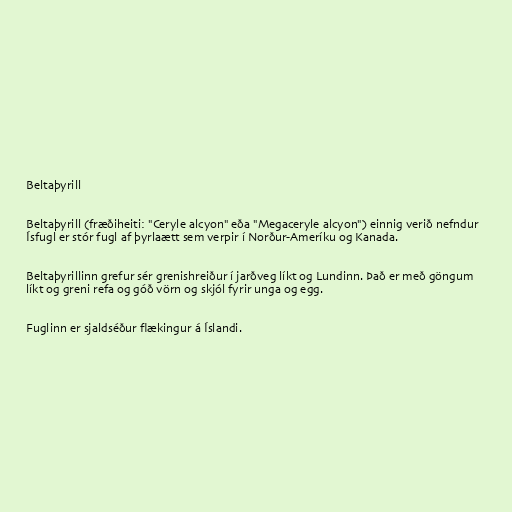
Beltaþyrill

Beltaþyrill (fræðiheiti: "Ceryle alcyon" eða "Megaceryle alcyon") einnig verið nefndur
Ísfugl er stór fugl af þyrlaætt sem verpir í Norður-Ameríku og Kanada.

Beltaþyrillinn grefur sér grenishreiður í jarðveg líkt og Lundinn. Það er með göngum
líkt og greni refa og góð vörn og skjól fyrir unga og egg.

Fuglinn er sjaldséður flækingur á Íslandi.